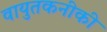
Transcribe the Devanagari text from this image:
वायुतकनीकी